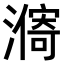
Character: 𣿾